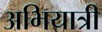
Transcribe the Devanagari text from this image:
अभियात्री